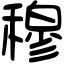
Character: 穆